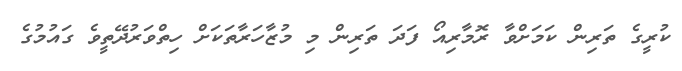
ކުރީގެ ތަރިން ކަމަށްވާ ރޮމާރިއޯ ފަދަ ތަރިން މި މުޒާހަރާތަކަށް ހިތްވަރުދޭތީވެ ގައުމުގެ